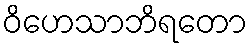
ဝိဟေသာဘိရတော